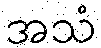
အသံ